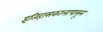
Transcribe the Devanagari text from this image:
इतिहासकालापासून